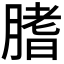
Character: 𦞯